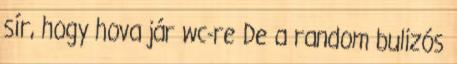
sír, hogy hova jár wc-re De a random bulizós